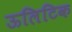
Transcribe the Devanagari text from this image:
ऊलिटिक